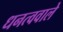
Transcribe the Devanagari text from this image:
धनत्ववाले